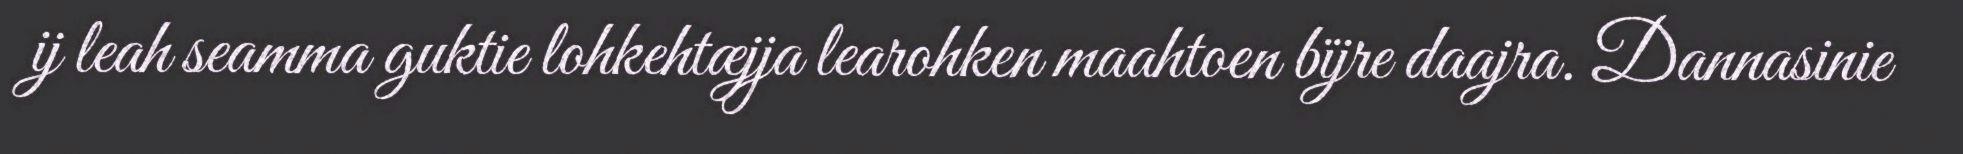
ij leah seamma guktie lohkehtæjja learohken maahtoen bïjre daajra. Dannasinie